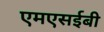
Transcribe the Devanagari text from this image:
एमएसईबी